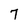
Character: 7